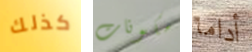
كذلك مكونات أداما